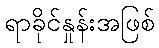
ရာခိုင်နှုန်းအဖြစ်